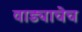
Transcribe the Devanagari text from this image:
वाड्याचेच